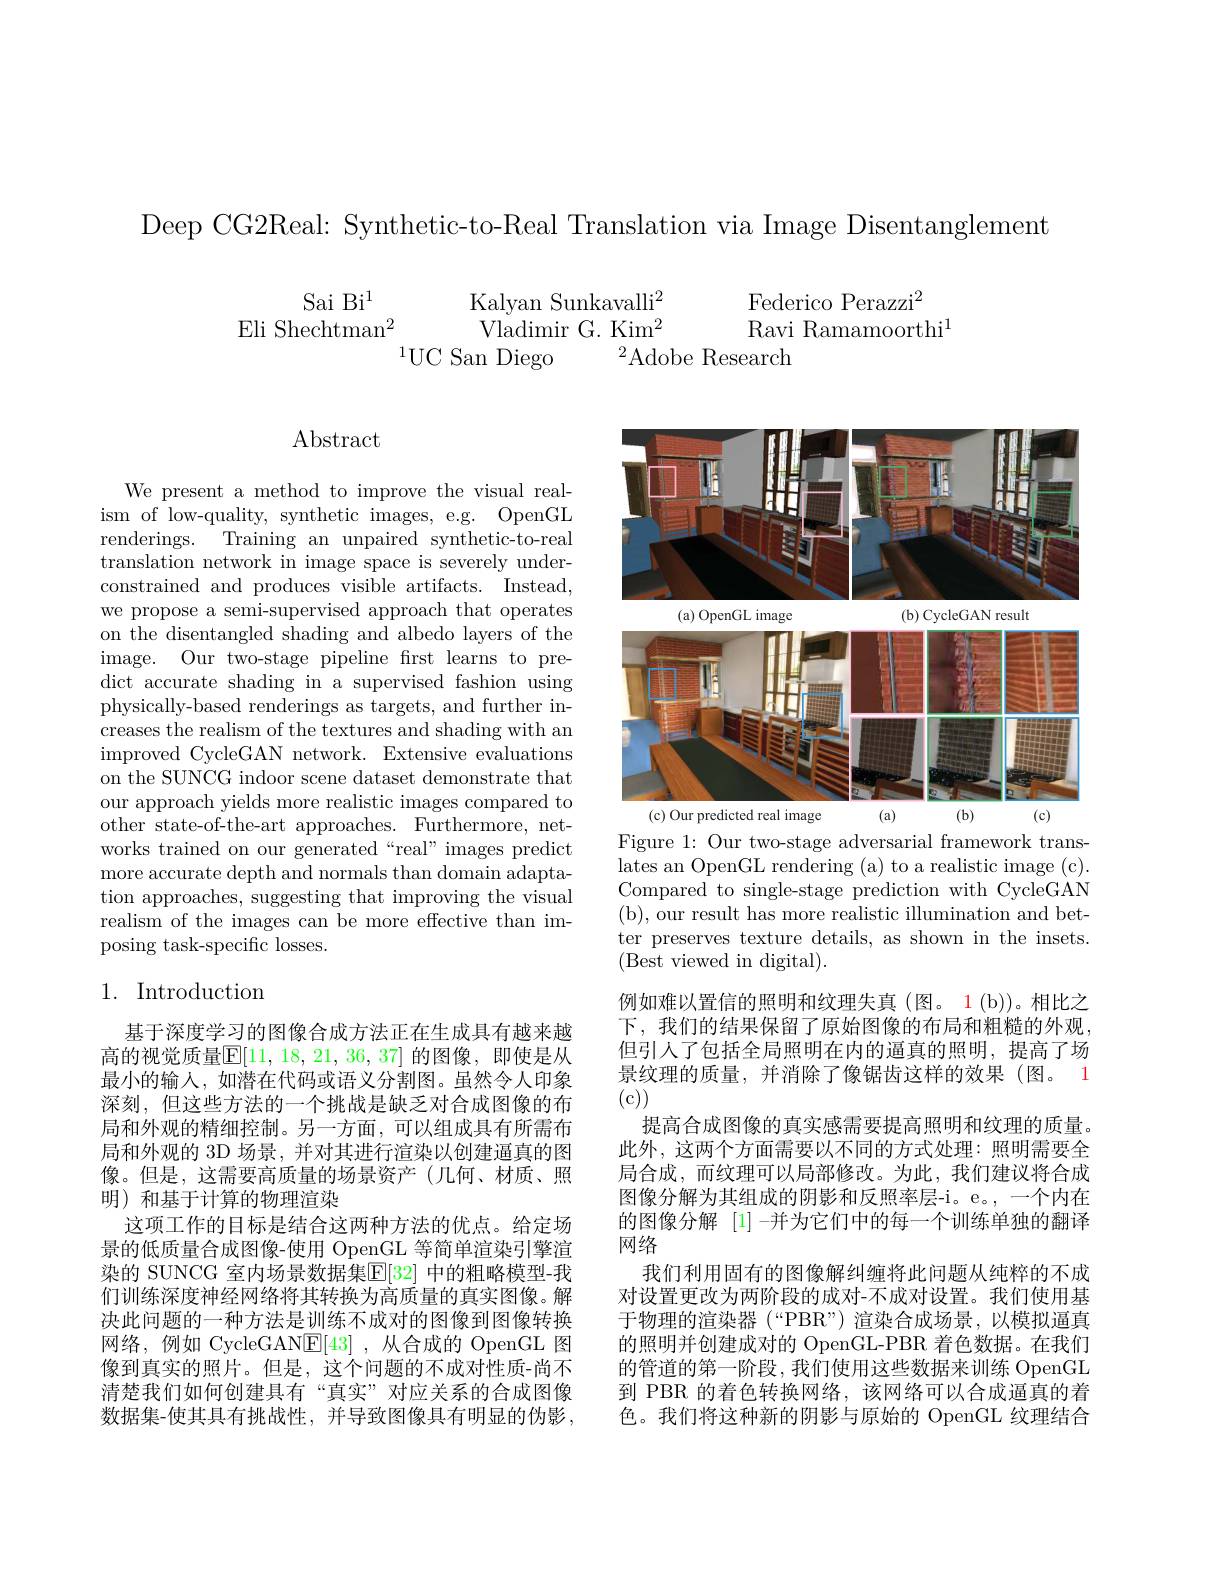
Deep CG2Real: Synthetic-to-R

$\begin{array}{ccc}{\mathrm{Sai~Bi}^{1}}&{\mathrm{Kalyan~Sunkavalli}^{2}}&{\mathrm{Federico~Perazzi}^{2}}\\{\mathrm{Eli~Shechtman}^{2}}&{\mathrm{Vladimir~G.~Kim}^{2}}&{\mathrm{Ravi~Ramamoorthi}}\end{array}$

$^{1}$UC San Diego
${}^{2}$Adobe Research

$\operatorname{Abstract}$

We present a method to impro ism of low-quality, synthetic images, e.g. OpenGL renderings. Training an unpaired synthetic-to-real translation network in image constrained and produces vis we propose a semi-supervised approach that operates on the disentangled shading and albedo layers of the image. Our two-stage pipelin dict accurate shading in a supervised fashion using physically-based renderings as targets, and further increases the realism of the textures and shading with an improved CycleGAN network. Extensive evaluations on the SUNCG indoor scene dataset demonstrate that our approach yields more realistic images compared to other state-of-the-art approaches. Furthermore, networks trained on our generated “real” images predict more accurate depth and normals than domain adaptation approaches, suggesting that improving the visual realism of the images can be more effective than imposing task-specific losses.

## 1. Introduction

基于深度学习的图像合成方法正在生成具有越来越高的视觉质量$\mathbb{E}[11,18,21,36,37]$ 的图像，即使是从最小的输入，如潜在代码或语义分割图。虽然令人印象深刻，但这些方法的一个挑战是缺乏对合成图像的布局和外观的精细控制。另一方面，可以组成具有所需布局和外观的 3D 场景，并对其进行渲染以创建通真的图像。但是，这需要高质量的场景资产(几何、材质、照明) 和基于计算的物理渲染
这项工作的目标是结合这两种方法的优点。给定场景的低质量合成图像-使用 OpenGL 等简单渲染引擎渲染的 SUNCG 室内场景数据集$\boxed{\mathrm{F}}[32]$ 中的粗略模型-我们训练深度神经网络将其转换为高质量的真实图像。解决此问题的一种方法是训练不成对的图像到图像转换网络，例如 CycleGAN$\boxed{\mathrm{F}}[43]$ ,从合成的 OpenGL 图像到真实的照片。但是，这个问题的不成对性质-尚不清楚我们如何创建具有“真实”对应关系的合成图像数据集-使其具有挑战性，并导致图像具有明显的伪影

<FigureHere>

Figure 1: Our two-stage adversarial framework translates an OpenGL rendering (a) to a realistic image (c). Compared to single-stage prediction with CycleGAN ( b) , our result has more realistic illumination and bet- ter preserves texture details, as shown in the insets. (Best viewed in digital).
例如难以置信的照明和纹理失真(图。1(b))。相比之下，我们的结果保留了原始图像的布局和粗糙的外观， 但引人了包括全局照明在内的逼真的照明，提高了场景纹理的质量，并消除了像锯齿这样的效果(图。1 (c))
提高合成图像的真实感需要提高照明和纹理的质量。此外，这两个方面需要以不同的方式处理：照明需要全局合成，而纹理可以局部修改。为此，我们建议将合成图像分解为其组成的阴影和反照率层-i。e。,一个内在的图像分解 [1]-并为它们中的每一个训练单独的翻译网络
我们利用固有的图像解纠缠将此问题从纯粹的不成对设置更改为两阶段的成对-不成对设置。我们使用基于物理的渲染器 (“PBR”) 渲染合成场景，以模拟逼真的照明并创建成对的 OpenGL-PBR 着色数据。在我们的管道的第一阶段，我们使用这些数据来训练 OpenGL 到 PBR 的着色转换网络，该网络可以合成通真的着色。我们将这种新的阴影与原始的 OpenGL 纹理结合